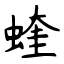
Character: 蝰